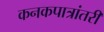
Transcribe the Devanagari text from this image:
कनकपात्रांतरी